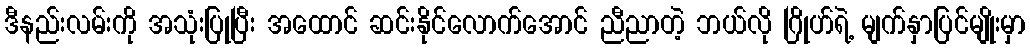
ဒီနည်းလမ်းကို အသုံးပြုပြီး အထောင် ဆင်းနိုင်လောက်အောင် ညီညာတဲ့ ဘယ်လို ဂြိုဟ်ရဲ့ မျက်နှာပြင်မျိုးမှာ